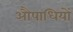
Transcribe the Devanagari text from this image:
औषाधियों